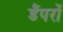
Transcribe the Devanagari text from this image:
डैंपरों